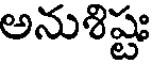
అనుళిష్టః